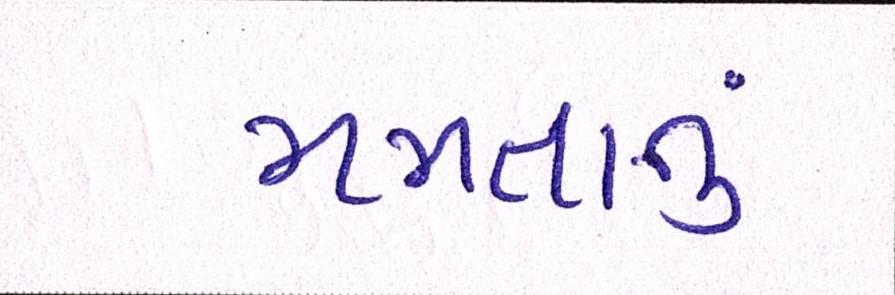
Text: મમતાનું